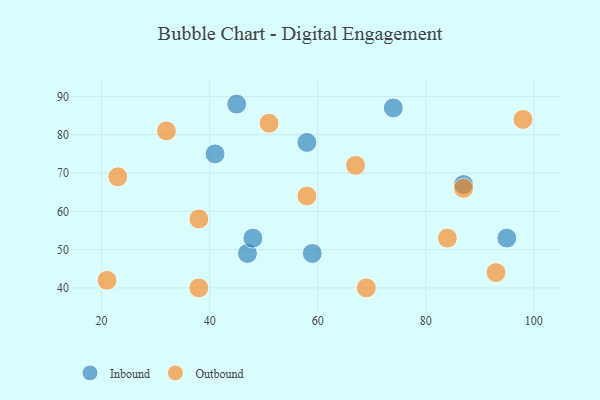
{"axis": {"x": "GDP", "y": "Life Expectancy"}, "legend": ["Inbound", "Outbound"], "data": [{"x": "95", "y": 53, "type": "Inbound"}, {"x": "47", "y": 49, "type": "Inbound"}, {"x": "59", "y": 49, "type": "Inbound"}, {"x": "45", "y": 88, "type": "Inbound"}, {"x": "87", "y": 67, "type": "Inbound"}, {"x": "58", "y": 78, "type": "Inbound"}, {"x": "48", "y": 53, "type": "Inbound"}, {"x": "41", "y": 75, "type": "Inbound"}, {"x": "74", "y": 87, "type": "Inbound"}, {"x": "51", "y": 83, "type": "Outbound"}, {"x": "69", "y": 40, "type": "Outbound"}, {"x": "98", "y": 84, "type": "Outbound"}, {"x": "23", "y": 69, "type": "Outbound"}, {"x": "38", "y": 40, "type": "Outbound"}, {"x": "21", "y": 42, "type": "Outbound"}, {"x": "93", "y": 44, "type": "Outbound"}, {"x": "84", "y": 53, "type": "Outbound"}, {"x": "32", "y": 81, "type": "Outbound"}, {"x": "38", "y": 58, "type": "Outbound"}, {"x": "58", "y": 64, "type": "Outbound"}, {"x": "67", "y": 72, "type": "Outbound"}, {"x": "87", "y": 66, "type": "Outbound"}]}